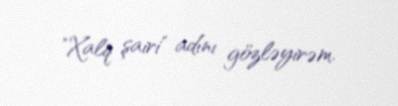
"Xalq şairi" adını gözləyirəm.